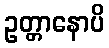
ဥတ္တာနောပိ